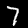
Label: 7